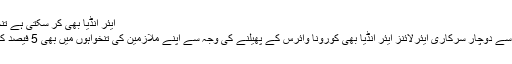
ایئر انڈیا بھی کر سکتی ہے تنخواہوں میں کٹوتی
ادھر، مالی بحران سے دوچار سرکاری ایئرلائنز ایئر انڈیا بھی کورونا وائرس کے پھیلنے کی وجہ سے اپنے ملازمین کی تنخواہوں میں بھی 5 فیصد کمی کر سکتی ہے۔